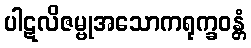
ပါဋလိဇမ္ဗုအသောကရုက္ခဝန္တံ